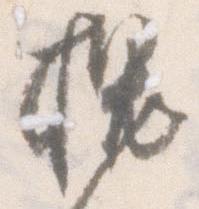
槐